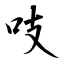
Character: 吱